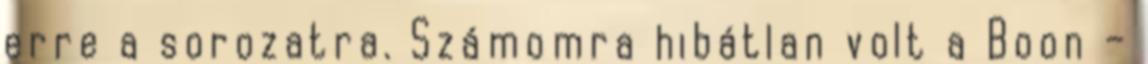
erre a sorozatra. Számomra hibátlan volt a Boon –